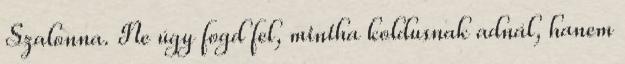
Szalonna. Ne úgy fogd fel, mintha koldusnak adnál, hanem